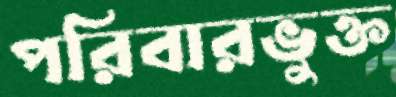
পরিবারভুক্ত